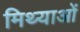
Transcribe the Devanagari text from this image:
मिथ्याओं